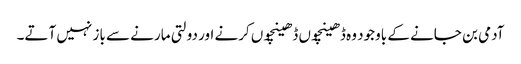
آدمی بن جانے کے باوجود وہ ڈھینچوں ڈھینچوں کرنے اور دولتی مارنے سے باز نہیں آتے۔